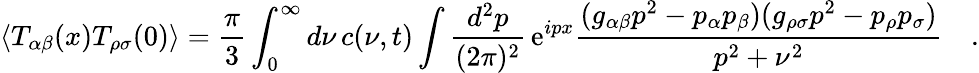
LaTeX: \langle T_{\alpha\beta}(x)T_{\rho\sigma}(0)\rangle={\frac{\pi}{3}}\int_{0}^{\infty}d\nu\, c(\nu,t)\int{\frac{d^{2}p}{(2\pi)^{2}}}\, \mathrm{e}^{ipx}{\frac{(g_{\alpha\beta}p^{2}-p_{\alpha}p_{\beta})(g_{\rho\sigma}p^{2}-p_{\rho}p_{\sigma})}{p^{2}+\nu^{2}}}\quad.